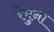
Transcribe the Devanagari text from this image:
रेमुना